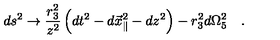
d s ^ { 2 } \rightarrow { \frac { r _ { 3 } ^ { 2 } } { z ^ { 2 } } } \left( d t ^ { 2 } - d { \vec { x } } _ { \parallel } ^ { 2 } - d z ^ { 2 } \right) - r _ { 3 } ^ { 2 } d \Omega _ { 5 } ^ { 2 } \quad .